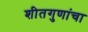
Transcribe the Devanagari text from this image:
शीतगुणांचा